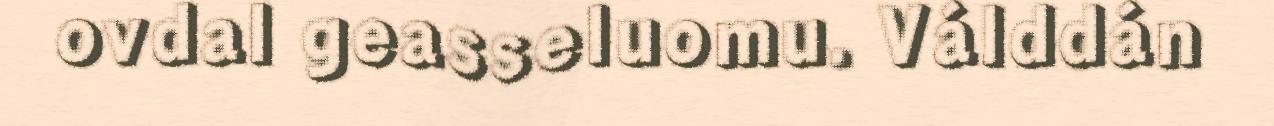
ovdal geasseluomu. Válddán